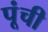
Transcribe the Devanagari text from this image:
पूंची